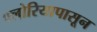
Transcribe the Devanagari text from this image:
फ्लोरियापासून